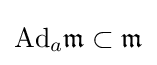
\mathrm {Ad} _{a}{\mathfrak {m}}\subset {\mathfrak {m}}